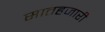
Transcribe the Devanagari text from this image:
सातहजारी